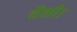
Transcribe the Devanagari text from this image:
थैली।